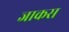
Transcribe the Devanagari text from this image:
जाकस